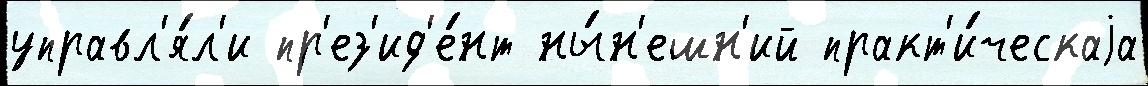
управл'я́л'и пр'ез'ид'е́нт ны́н'ешн'ий практ'и́ческаjа